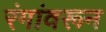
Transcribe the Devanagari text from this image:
रंगांवरून